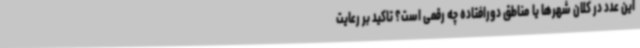
این عدد در کلان شهرها یا مناطق دورافتاده چه رقمی است؟ تاکید بر رعایت